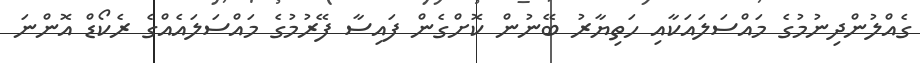
ގެއްލުންދިނުމުގެ މައްސަލައަކާއި ހަތިޔާރު ބޭނުން ކޮށްގެން ފައިސާ ފޭރުމުގެ މައްސަލައެއްގެ ރެކޯޑް އޮންނަ